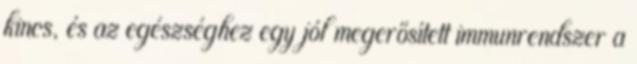
kincs, és az egészséghez egy jól megerősített immunrendszer a